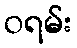
ဝရမ်း